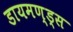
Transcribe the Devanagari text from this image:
डायमण्ड्स